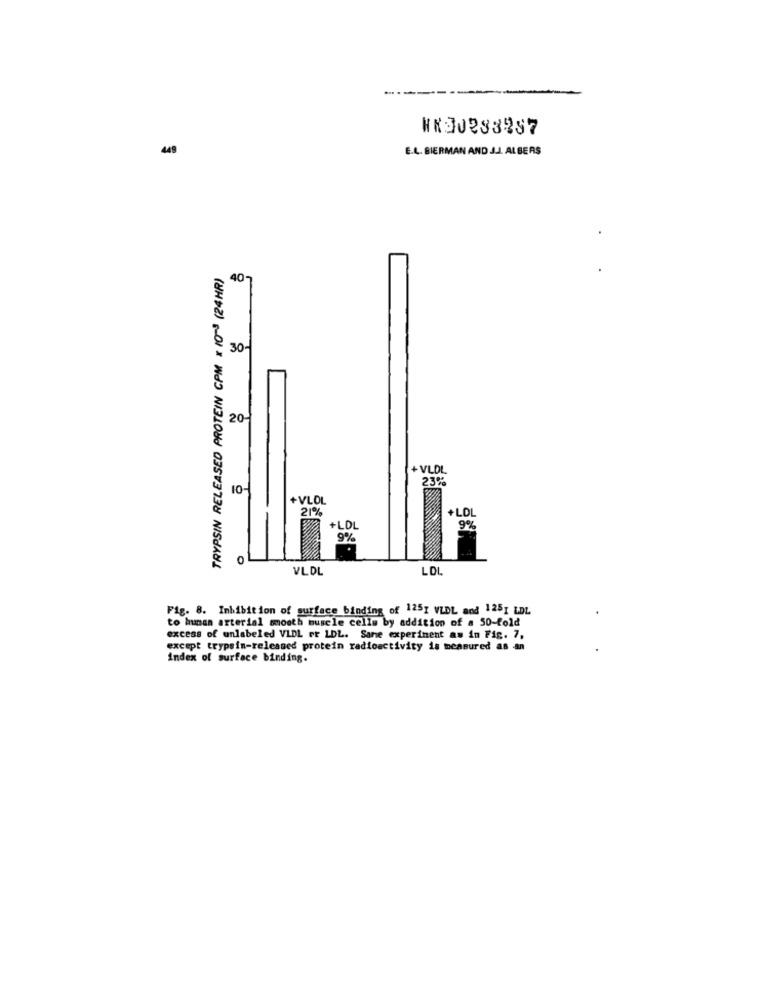
49
E.L. BIERMAN AND J.J. ALBERS
TRYPSIN RELEASED PROTEIN CPM x 10-3 (24HR)
40~
:30-
20-
+ VLDL
23%
10-1
+VLDL
21%
+LOL
+LOL
9%
9%
0
VLDL
LOL
Fig. 8. Inhibition of surface binding of 125g VLDL and 1251 LDL
to human arterial smooth muscle cells by addition of a 50-fold
excess of unlabeled VLDL or LDL. Same experiment as in Fig. 7.
except trypsin-released protein radioactivity is measured as an
index of surface binding.